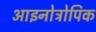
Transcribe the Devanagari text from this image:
आइनोट्रोपिक